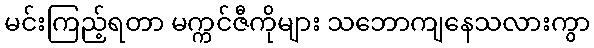
မင်းကြည့်ရတာ မက္ကင်ဇီကိုများ သဘောကျနေသလားကွာ